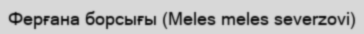
Ферғана борсығы (Meles meles severzovi)